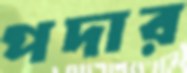
পদার